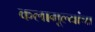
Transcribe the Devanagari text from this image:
कलामूल्यांचा